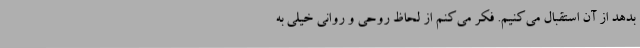
بدهد از آن استقبال می‌کنیم. فکر می‌کنم از لحاظ روحی و روانی خیلی به